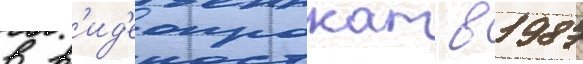
в в'ид'еопрокат в 1987